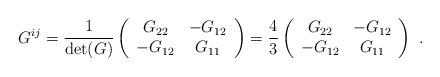
LaTeX: \begin{align*} G^{ij}={1\over \det(G)} \left(\begin{array}{cc} G_{22} & -G_{12}\\ -G_{12} & G_{11} \end{array}\right)= {4\over 3} \left(\begin{array}{cc} G_{22} & -G_{12}\\ -G_{12} & G_{11} \end{array}\right)~.\end{align*}